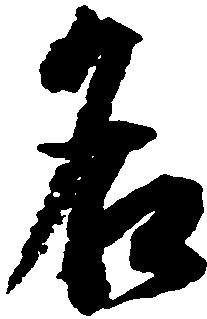
名